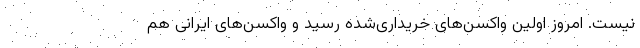
نیست. امروز اولین واکسن‌های خریداری‌شده رسید و واکسن‌های ایرانی هم